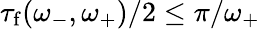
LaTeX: \tau_{\mathrm{f}}(\omega_{-},\omega_{+})/2\leq\pi/\omega_{+}